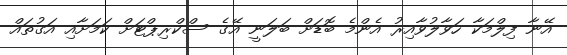
އޭނާ ފިލްމަކާ ހަވާލުވާއިރު އެންމެ ބޮޑަށް ބަލަނީ އޭގެ ސްކްރިޕްޓަށް ކަމަށާއި އަގުތައް